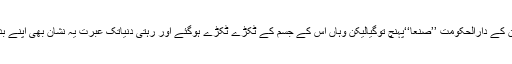
یہ بادشاہ اپنے وطن یمن کے دارالحکومت ’’صنعا‘‘پہنچ توگیالیکن وہاں اس کے جسم کے ٹکڑے ٹکڑے ہوگئے اور رہتی دنیاتک عبرت یہ نشان بھی اپنے بدترین انجام کو پہنچ گیا۔